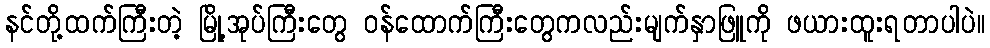
နင်တို့ထက်ကြီးတဲ့ မြို့အုပ်ကြီးတွေ ဝန်ထောက်ကြီးတွေကလည်းမျက်နှာဖြူကို ဖယားထူးရတာပါပဲ။